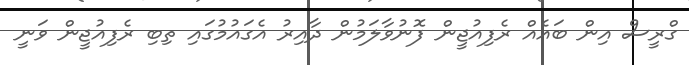
ގްރީސް އިން ބައެއް ރެފިއުޖީން ފޮނުވާލަމުން ދާއިރު އެގައުމުގައި ތިބި ރެފިއުޖީން ވަނީ